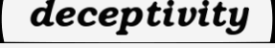
deceptivity